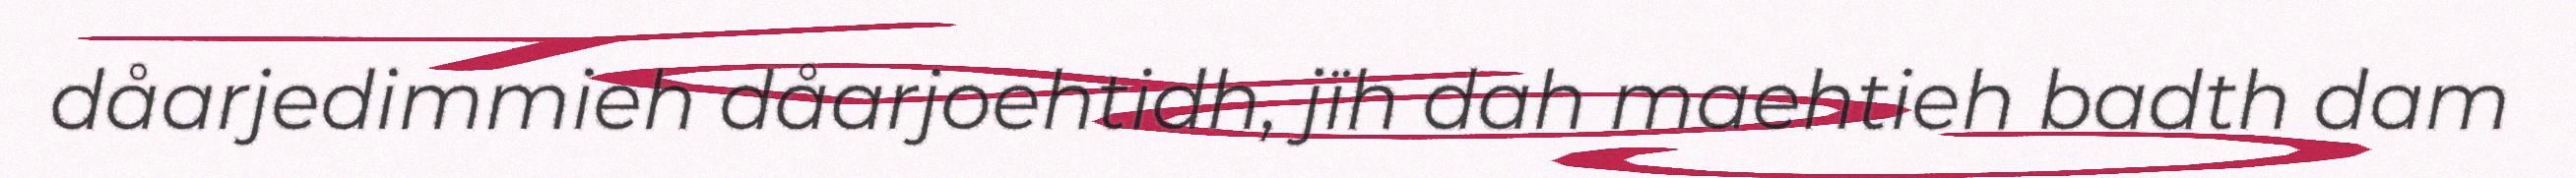
dåarjedimmieh dåarjoehtidh, jïh dah maehtieh badth dam